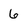
Character: 6